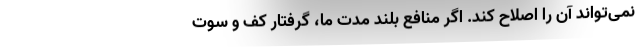
نمی‌تواند آن را اصلاح کند. اگر منافع بلند مدت ما، گرفتار کف و سوت